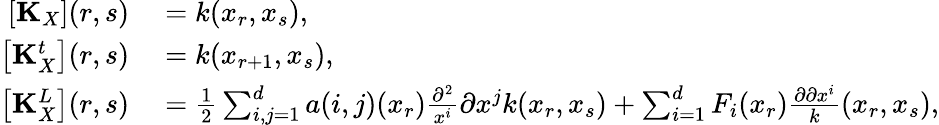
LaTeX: \begin{array}{rl}{\left[\mathbf{K}_{X}\right](r,s)}&{{}=k(x_{r},x_{s}),}\\ {\left[\mathbf{K}_{X}^{t}\right](r,s)}&{{}=k(x_{r+1},x_{s}),}\\ {\left[\mathbf{K}_{X}^{L}\right](r,s)}&{{}=\frac{1}{2}\sum_{i,j=1}^{d}a(i,j)(x_{r})\frac{\partial^{2}}{x^{i}}{\partial x^{j}}k(x_{r},x_{s})+\sum_{i=1}^{d}F_{i}(x_{r})\frac{\partial\partial x^{i}}k(x_{r},x_{s}),}\end{array}